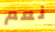
نعم